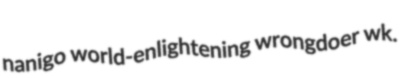
nanigo world-enlightening wrongdoer wk.